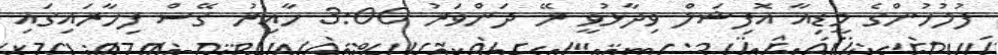
ފުލުހުންގެ މީޑިއާ އޮފިޝަލް ވިދާޅުވީ ރޭ ދަންވަރު 3:00 ހާއިރު ގޭސް ފިހާރައިގައި